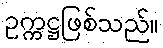
ဥက္ကဋ္ဌဖြစ်သည်။